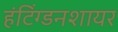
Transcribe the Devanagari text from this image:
हंटिंग्डनशायर